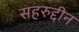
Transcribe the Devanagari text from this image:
सहरुद्दीन